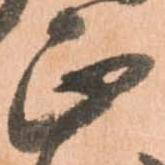
正